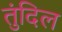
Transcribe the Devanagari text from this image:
तुंदिल